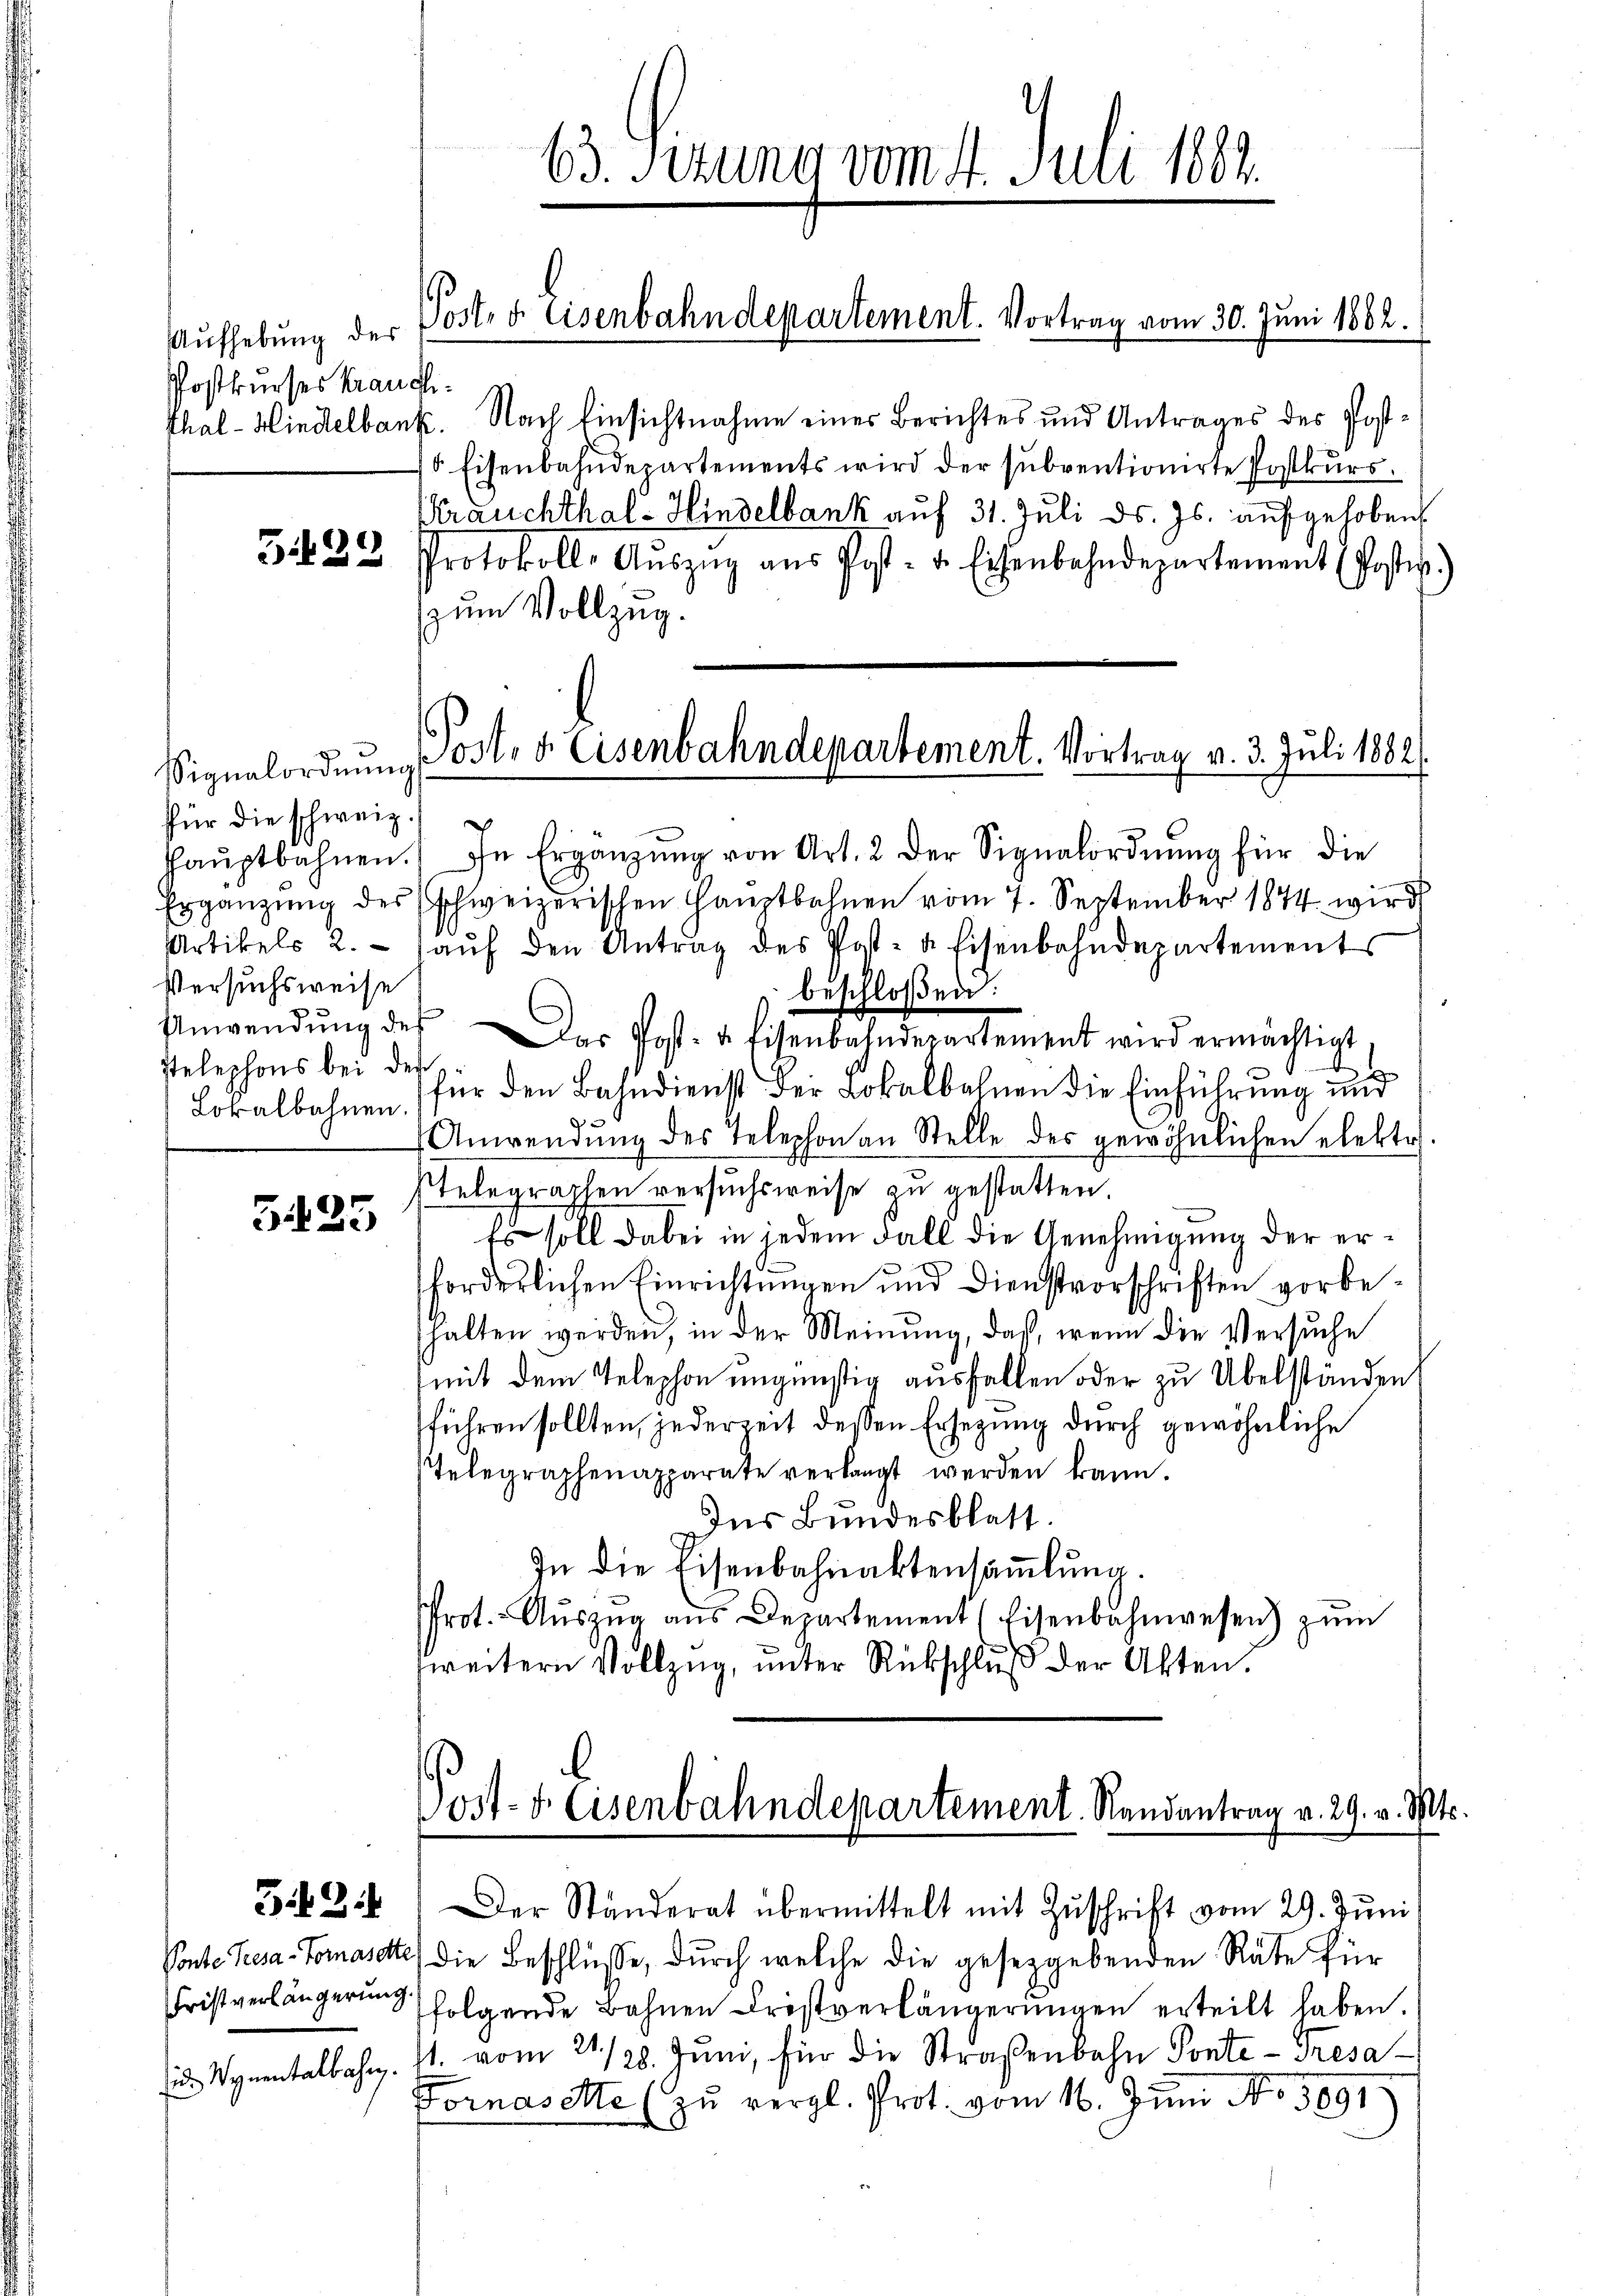
Aufhebung des
Postkurses Kranchi¬

G.22

Signalordnŭng
für die schweiz.)
Versuchsweise
Ptelephons bei der
Lokalbahnen.

5425

549.

Fristverlängerung.

63. Sizung vom 4. Juli 1882.

Post. d. Eisenbahndepartement. Vortrag vom 30. Juni 1882.

Thal - Mindelbank. Nach Einsichtnahme eines Berichtes und Antrages des Post¬
5 Eisenbahndepartements wird der subventionirte Postkŭrs.
Krauchthal - Hindelbank auf 31. Juli d. Js. aufgehoben,
Protokoll- Aŭszŭg aŭs Post- u. Eisenbahndepartement (Postw.)
zum Vollzug.

haŭptbahnen. In Ergänzŭng von Art. 2 der Signalordnŭng für die
Ergänzŭng des schweizerischen Haŭptbahnen vom 7. September 1844 wird
Artikels 2. aŭf den Antrag des Post- u. Eisenbahndepartements
beschloßen:
Anwendŭng des Das Post- u. Eisenbahndepartement wird ermächtigt
.
für den Bahndienst der Lokalbahnen die Einführung und
Anwendŭng des Telephon an Stelle des gewöhnlichen elektr
stelegraphen versuchsweise zu gestatten.
Es soll dabei in jedem Fall die Genehmigung der erforderlichen Einrichtŭngen und Dienstvorschriften vorbehalten werden, in der Meinung, daß, wenn die Versuche
mit dem Telephon ungünstig ausfallen oder zu Übelständen
führen sollten, jederzeit dessen Ersezung durch gewöhnliche
Telegraphenapparate verlangt werden kann.
Des Bundesblatt.
In die Eisenbahnaktensammlung.
Prot. Aŭszŭg aŭs Departement (Eisenbahnwesen) zŭm
zweitern Vollzug, unter Rückschluß der Akten.

Post. v. Eisenbahndepartement. Vortrag v. 3. Juli 1882.

Post- & Eisenbahndepartement. Randantrag v. 29. v. M.

Der Ständerat übermittelt mit Zŭschrift vom 29. Jŭni
Vonte Resa- Tomasette die Beschlüsse, durch welche die gesetzgebenden Rate für
folgende Bahnen Fristverlängerŭngen erteilt haben.
 Vynentalbahn. 11. vom 21./28. Jŭni für die Straßenbahn Ponte - Tresa¬
Fornasette (zu vergl. Prot. vom 16. Juni No 3891.

ts